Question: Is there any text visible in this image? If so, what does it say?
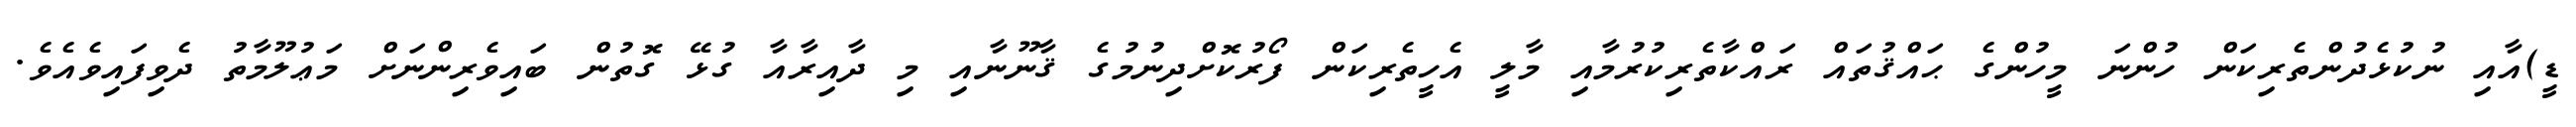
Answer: ޑީ)އާއި ނުކުޅެދުންތެރިކަން ހުންނަ މީހުންގެ ޙައްޤުތައް ރައްކާތެރިކުރުމާއި މާލީ އެހީތެރިކަން ފޯރުކޮށްދިނުމުގެ ޤާނޫނާއި މި ދާއިރާއާ ގުޅޭ ގޮތުން ބައިވެރިންނަށް މަޢުލޫމާތު ދެވިފައިވެއެވެ.